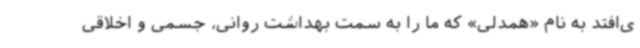
ی‌افتد به نام «همدلی» که ما را به سمت بهداشت روانی، جسمی و اخلاقی